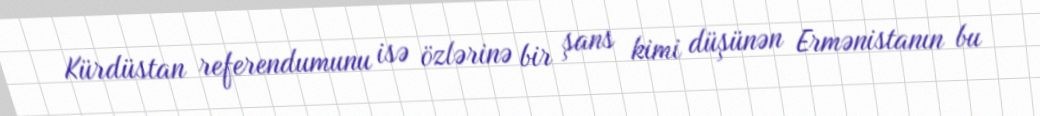
Kürdüstan referendumunu isə özlərinə bir şans kimi düşünən Ermənistanın bu